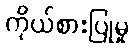
ကိုယ်စားပြုမှု